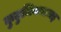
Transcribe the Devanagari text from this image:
कुडुमियमालइ